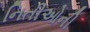
નિતીઓની